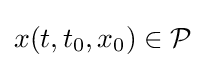
x(t,t_{0},x_{0})\in {\mathcal {P}}